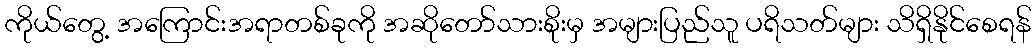
ကိုယ်တွေ့ အကြောင်းအရာတစ်ခုကို အဆိုတော်သားစိုးမှ အများပြည်သူ ပရိသတ်များ သိရှိနိုင်စေရန်